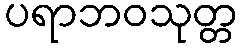
ပရာဘဝသုတ္တ